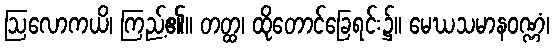
ဩလောကယိ၊ ကြည့်၏။ တတ္ထ၊ ထိုတောင်ခြေရင်း၌။ မေဃသမာနဝဏ္ဏံ၊